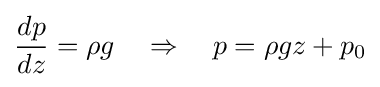
{\frac {dp}{dz}}=\rho g\quad \Rightarrow \quad p=\rho gz+p_{0}